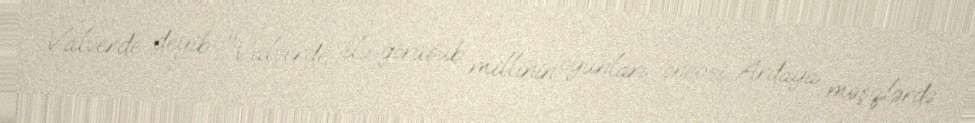
Valverde deyib: "Valverde ilə görüşüb millinin oyunları öncəsi Ardaya məşqlərdə